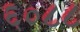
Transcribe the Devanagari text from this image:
६०८८